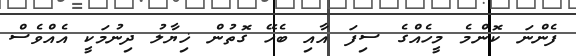
ފެންނަ ކޮންމެ މީހެއްގެ ސިފަ އާއި ބެހޭ ގޮތުން ޚިޔާލު ދިނުމަކީ އެއްވެސް